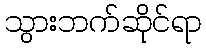
သွားဘက်ဆိုင်ရာ